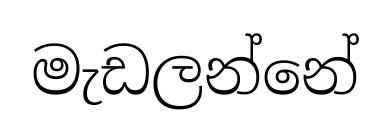
මැඩලන්නේ